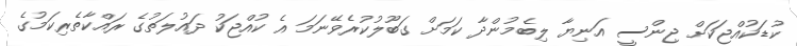
ކުޑަކުއްޖަކަށް ޖިންސީ އަނިޔާ ލިބެމުންދާ ކަމަށް ގަބޫލުކުރެވޭނަމަ އެ ކުއްޖަކު ދައުލަތުގެ ރައްކާތެރިކަމުގެ